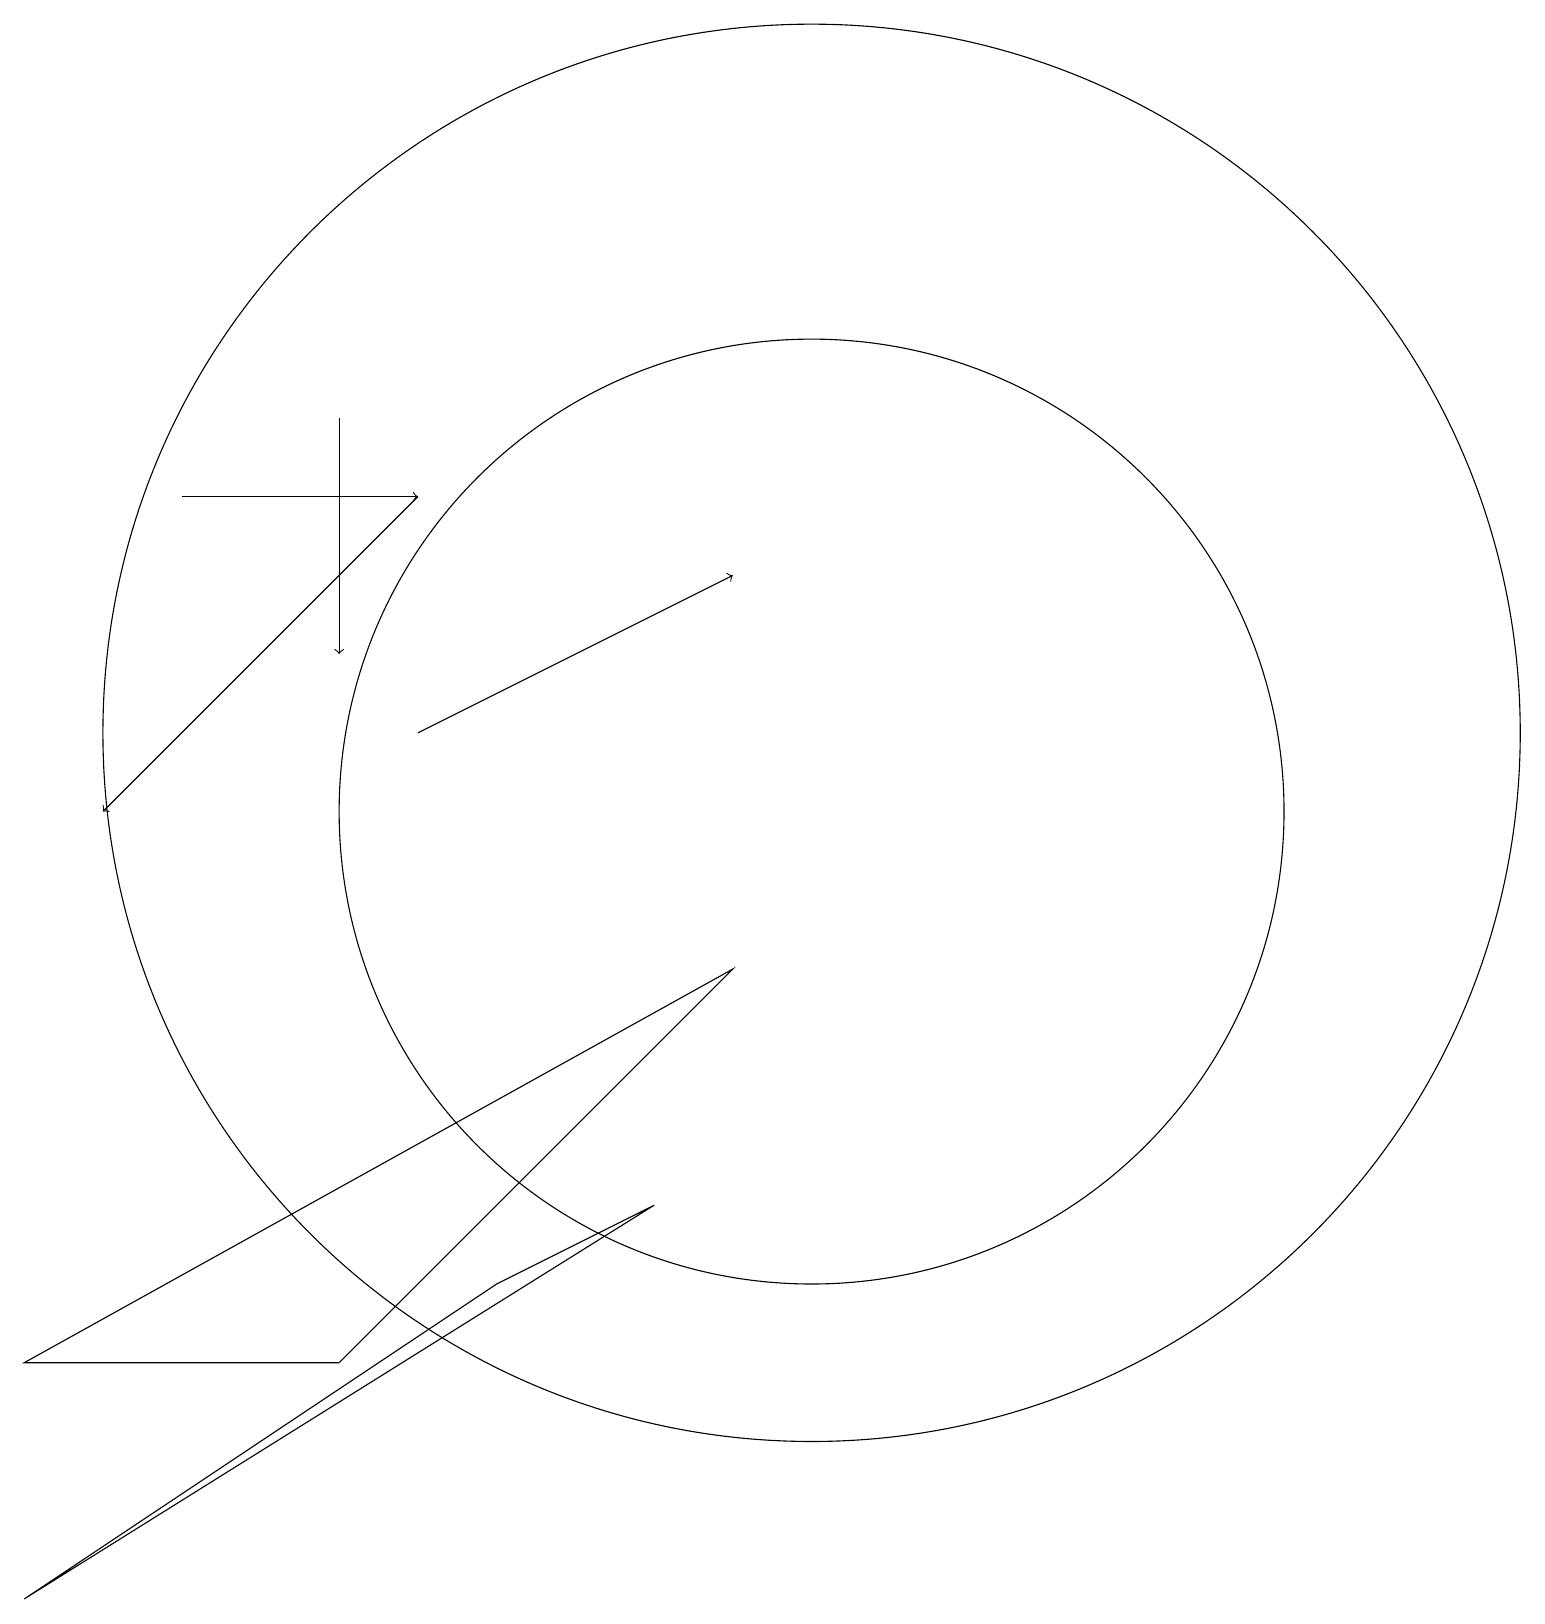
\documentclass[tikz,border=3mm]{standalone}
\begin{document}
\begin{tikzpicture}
\draw (8,5) -- (6,4) -- (0,0) -- cycle;
\draw[->] (4,15) -- (4,12);
\draw (10,11) circle (9);
\draw[->] (2,14) -- (5,14);
\draw[->] (5,11) -- (9,13);
\draw (10,10) circle (6);
\draw[->] (5,14) -- (1,10);
\draw (4,3) -- (9,8) -- (0,3) -- cycle;
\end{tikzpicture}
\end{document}